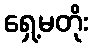
ရှေ့မတိုး